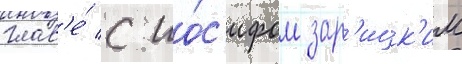
глав'е́ с ио́с'ифом зар'ицк'им